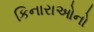
કિનારાઓનો